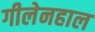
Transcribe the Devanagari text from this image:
गीलेनहाल